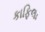
કાફિલા